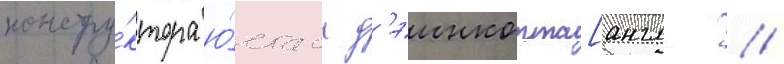
констру́ктора ю́стаса д'эинкорта[англ. //